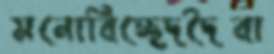
মনোবিচ্ছেদদৈবা